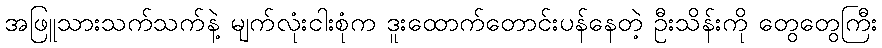
အဖြူသားသက်သက်နဲ့ မျက်လုံးငါးစုံက ဒူးထောက်တောင်းပန်နေတဲ့ ဦးသိန်းကို တွေတွေကြီး